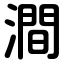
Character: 澗